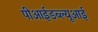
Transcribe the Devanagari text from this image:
पीआईडब्ल्यूआई